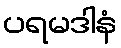
ပရမဒါနံ